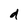
Character: d